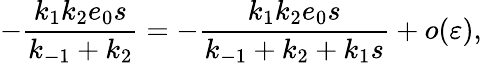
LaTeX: -\frac{k_{1}k_{2}e_{0}s}{k_{-1}+k_{2}}=-\frac{k_{1}k_{2}e_{0}s}{k_{-1}+k_{2}+k_{1}s}+o(\varepsilon),